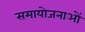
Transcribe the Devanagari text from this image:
समायोजनाओं